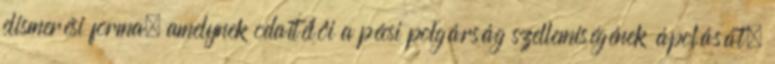
elismerési forma, amelynek odaítélôi a pécsi polgárság szellemiségének ápolását,